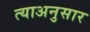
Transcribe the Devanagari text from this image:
त्याअनुसार